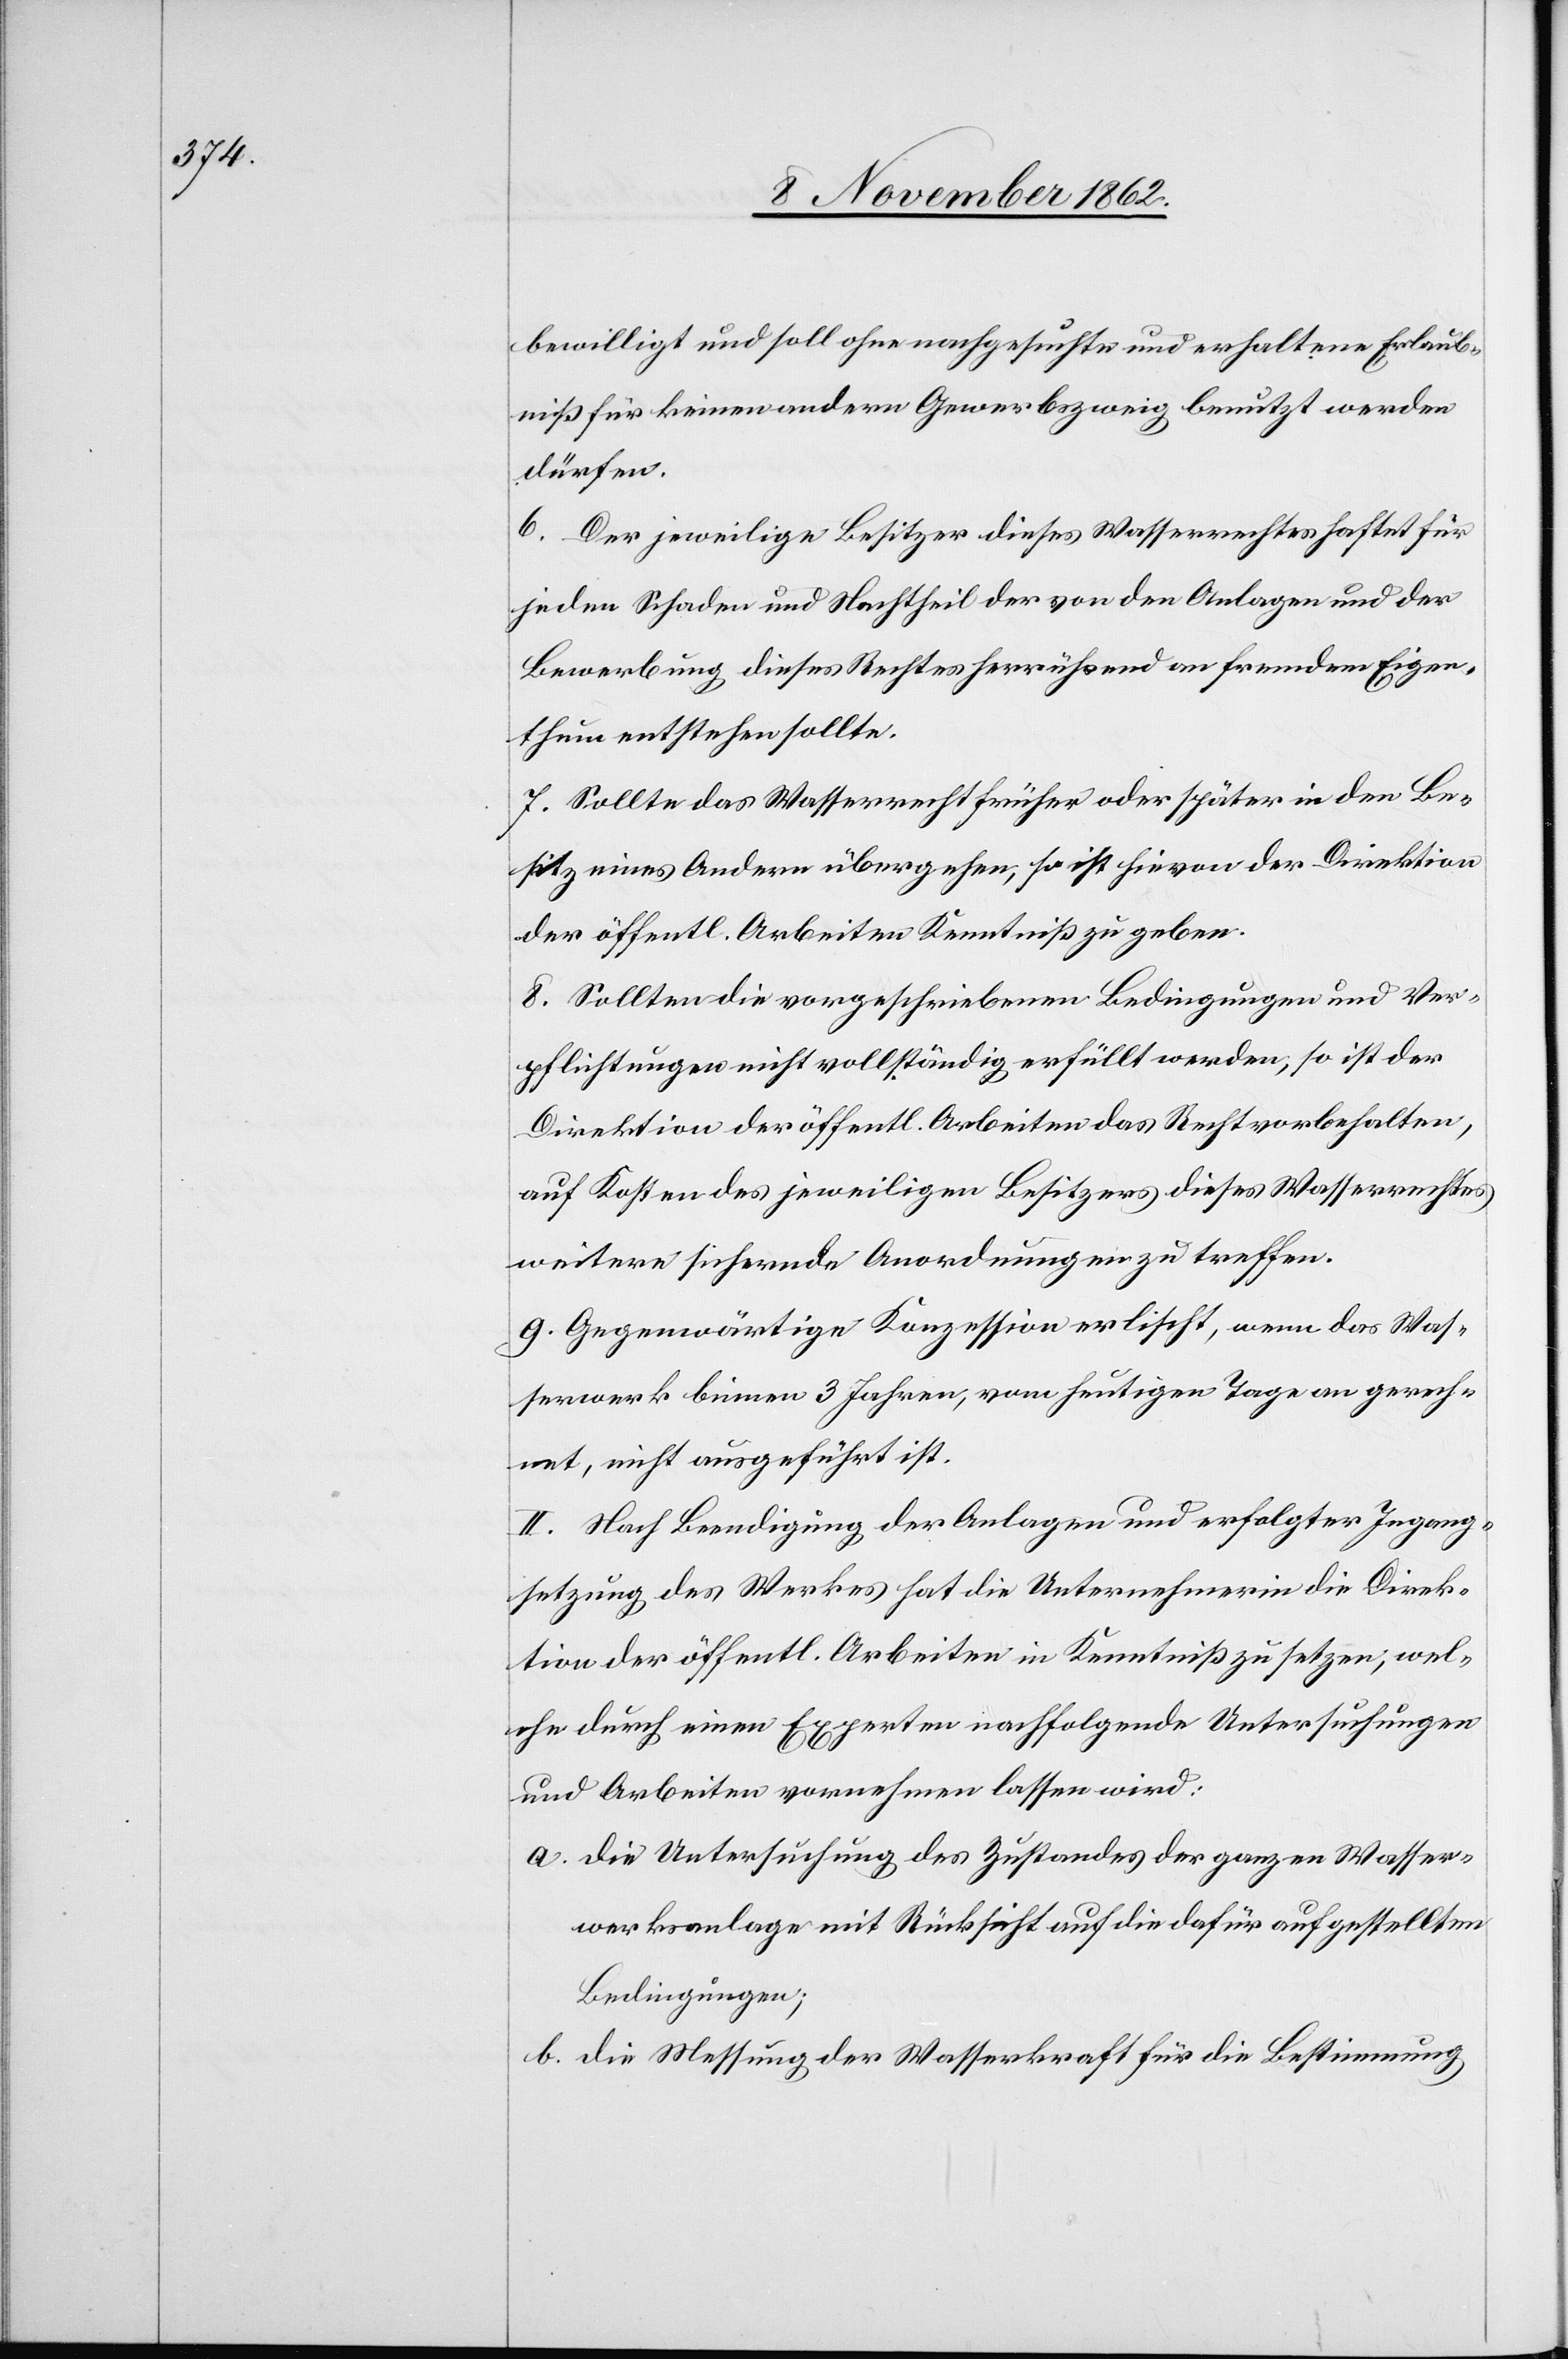
bewilligt und soll ohne nachgesuchte und erhaltene Erlaub¬
niß für keinen andern Gerwerbszweig benutzt werden
dürfen.
6. Der jeweilige Besitzer dieses Wasserrechtes haftet für
jeden Schaden und Nachtheil der von den Anlagen und der
Bewerbung dieses Rechtes herrührend an fremdem Eigen¬
thum entstehen sollte.
7. Sollte das Wasserrecht früher oder später in den Be¬
sitz eines Andern übergehen, so ist hievon der Direktion
der öffentl. Arbeiten Kenntniß zu geben.
8. Sollten die vorgeschriebenen Bedingungen und Ver¬
pflichtungen nicht vollständig erfüllt werden, so ist der
Direktion der öffentl. Arbeiten das Recht vorbehalten,
auf Kosten des jeweiligen Besitzers dieses Wasserrechtes
weitere sichernde Anordnungen zu treffen.
9. Gegenwärtige Konzession erlischt, wenn das Was¬
serwerk binnen 3 Jahren, vom heutigen Tag an gerech¬
net, nicht ausgeführt ist.
II. Nach Beendigung der Anlagen und erfolgter Ingang¬
setzung des Werkes hat die Unternehmerin die Direk¬
tion der öffentl. Arbeiten in Kenntniß zu setzen, wel¬
che durch einen Experten nachfolgende Untersuchungen
und Arbeiten vornehmen lassen wird.
a. Die Untersuchung des Zustandes der ganzen Wasser¬
werksanlage mit Rücksicht auf die dafür aufgestellten
Bedingungen;
b. Die Messung der Wasserkraft für die Bestimmung